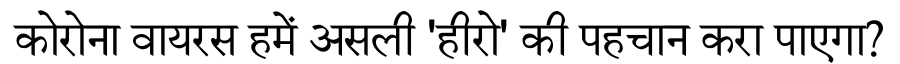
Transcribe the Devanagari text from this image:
कोरोना वायरस हमें असली 'हीरो' की पहचान करा पाएगा?